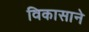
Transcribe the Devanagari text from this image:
विकासाने